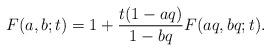
LaTeX: \begin{align*} F(a,b;t) = 1+ \frac{t(1-aq)}{1-bq}F(aq,bq;t). \end{align*}